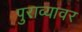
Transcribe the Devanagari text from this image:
पुराव्यावर